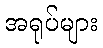
အရုပ်များ